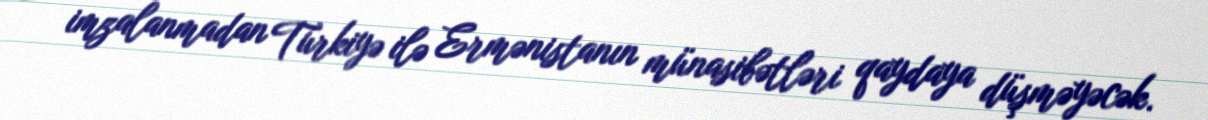
imzalanmadan Türkiyə ilə Ermənistanın münasibətləri qaydaya düşməyəcək.